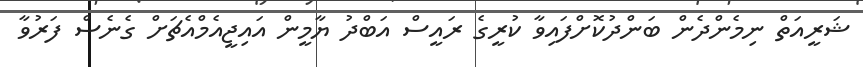
ޝަރީއަތް ނިމެންދެން ބަންދުކޮށްފައިވާ ކުރީގެ ރައީސް އަބްދު ޔާމީން އައިޖީއެމްއެޗަށް ގެނެސް ފަރުވާ